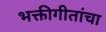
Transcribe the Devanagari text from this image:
भक्तीगीतांचा